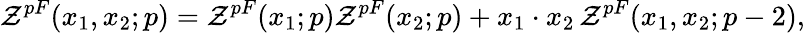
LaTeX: {\cal Z}^{pF}(x_{1},x_{2};p)={\cal Z}^{pF}(x_{1};p){\cal Z}^{pF}(x_{2};p)+x_{1}\cdot x_{2}\, {\cal Z}^{pF}(x_{1},x_{2};p-2),